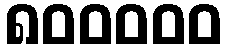
၈၀၀၀၀၀